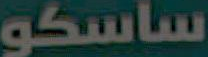
ساسكو